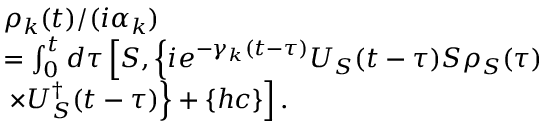
\begin{array} { r l } & { { \rho } _ { k } ( t ) / ( i { \alpha } _ { k } ) } \\ & { = \int _ { 0 } ^ { t } { d \tau } \left[ S , \left\{ i { { e } ^ { - { { \gamma } _ { k } } ( t - \tau ) } } { { U } _ { S } } ( t - \tau ) S { { \rho } _ { S } } ( \tau ) \right. \right. } \\ & { \left. \left. \times U _ { S } ^ { \dagger } ( t - \tau ) \right\} + \left\{ h c \right\} \right] . } \end{array}